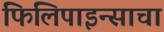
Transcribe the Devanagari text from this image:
फिलिपाइन्साचा